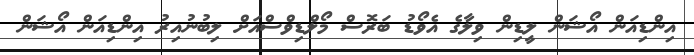
އިންޑިއަން އޯޝަން ލީޑިން ވިލާގެ އެވޯޑު ބަރޮސް މޯލްޑިވްސްއަށް ލިބުނުއިރު އިންޑިއަން އޯޝަން